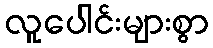
လူပေါင်းများစွာ